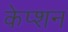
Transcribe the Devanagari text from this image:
केप्‍शन